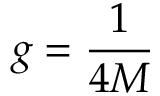
g = { \frac { 1 } { 4 M } }